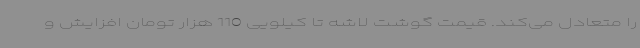
را متعادل می‌کند. قیمت گوشت لاشه تا کیلویی 110 هزار تومان افزایش و